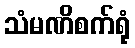
သံမဏိစက်ရုံ